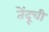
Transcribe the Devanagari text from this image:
तेंदूची